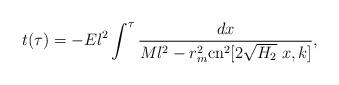
LaTeX: \begin{align*}t(\tau)=-El^2\int^\tau\frac{dx}{Ml^2-r^2_m \mbox{cn}^2[2\sqrt{H_2}\;x,k]},\end{align*}